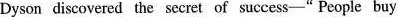
Dyson discovered the secret of success-" People buy